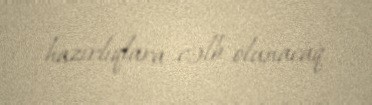
hazırlıqlara cəlb olunacaq.